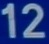
12